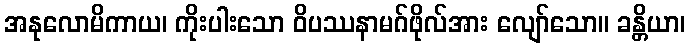
အနုလောမိကာယ၊ ကိုးပါးသော ဝိပဿနာမဂ်ဖိုလ်အား လျော်သော။ ခန္တိယာ၊